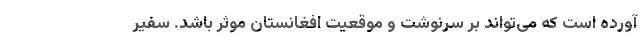
آورده است که می‌تواند بر سرنوشت و موقعیت افغانستان موثر باشد. سفیر